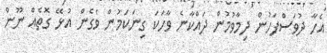
އެހާ ދުވަސްފަހުން ދިމާވުމުން ދައްކާނެ ވާހަކަ ގިނަކަމުން ވެގެން އުޅޭ ގޮތެއް ނޫން